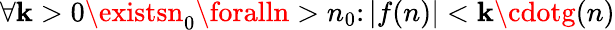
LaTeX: \forall\mathbf{k}>0\existsn_{0}\foralln>n_{0}\colon|f(n)|<\mathbf{k}\cdotg(n)